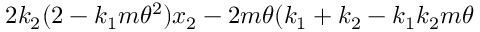
2 k _ { 2 } ( 2 - k _ { 1 } m \theta ^ { 2 } ) x _ { 2 } - 2 m \theta ( k _ { 1 } + k _ { 2 } - k _ { 1 } k _ { 2 } m \theta